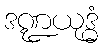
ဒဏ္ဍယုဒ္ဓံ